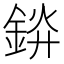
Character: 𬫞